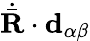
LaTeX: \dot{\bar{\textbf{R}}}\cdot\textbf{d}_{\alpha\beta}